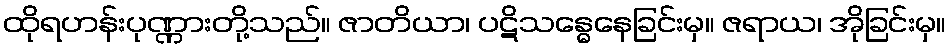
ထိုရဟန်းပုဏ္ဏားတို့သည်။ ဇာတိယာ၊ ပဋိသန္ဓေနေခြင်းမှ။ ဇရာယ၊ အိုခြင်းမှ။